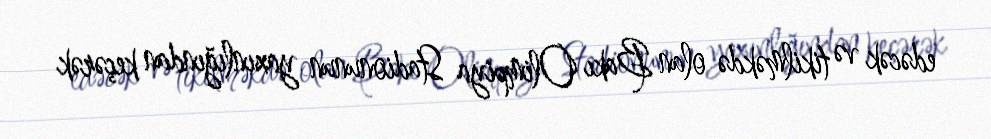
edəcək və tikilməkdə olan Bakı Olimpiya Stadionunun yaxınlığından keçərək